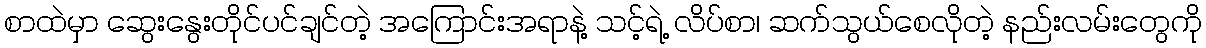
စာထဲမှာ ဆွေးနွေးတိုင်ပင်ချင်တဲ့ အကြောင်းအရာနဲ့ သင့်ရဲ့ လိပ်စာ၊ ဆက်သွယ်စေလိုတဲ့ နည်းလမ်းတွေကို